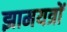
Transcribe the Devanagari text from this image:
झामयत्रों